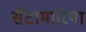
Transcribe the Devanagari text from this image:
सैंटामारिया